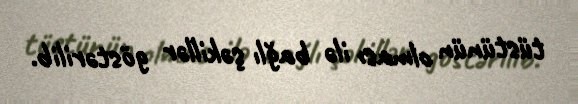
tüstünün olması ilə bağlı şəkillər göstərilib.